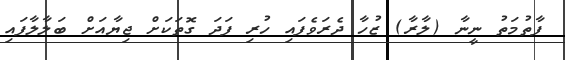
ފާތުމަތު ނީނާ (ލާރާ) ޒުހާ ދެރަވެފައި ހުރި ފަދަ ގޮތަކަށް ޖިޔާއަށް ބަލާލާފައި